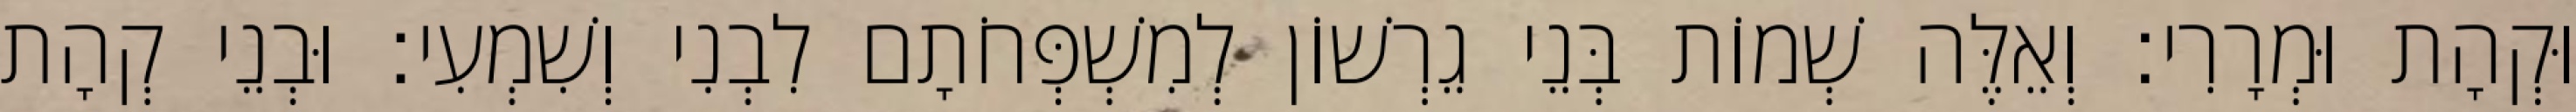
וּקְהָת וּמְרָרִי׃ וְאֵלֶּה שְׁמוֹת בְּנֵי גֵרְשׁוֹן לְמִשְׁפְּחֹתָם לִבְנִי וְשִׁמְעִי׃ וּבְנֵי קְהָת